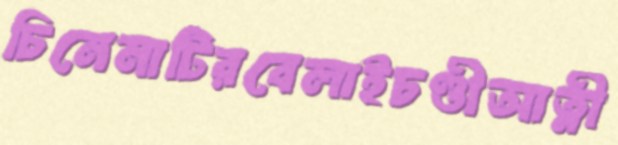
চিনেমাটিরবেলাইচণ্ডীআত্নী